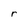
Character: r